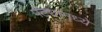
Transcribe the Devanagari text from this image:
पट्यांमध्ये